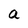
Character: a